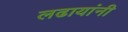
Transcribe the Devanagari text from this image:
लढायांनी